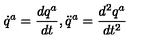
\dot { q } ^ { a } = \frac { d q ^ { a } } { d t } , \ddot { q } ^ { a } = \frac { d ^ { 2 } q ^ { a } } { d t ^ { 2 } }